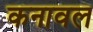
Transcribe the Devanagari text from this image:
कनावल